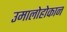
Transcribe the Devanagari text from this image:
उमालोहोकान